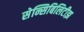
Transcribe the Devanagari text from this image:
सेन्सिबिलिटीझ